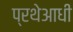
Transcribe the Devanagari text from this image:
प्रथेआधी